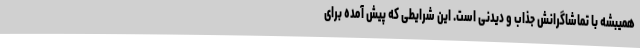
همیبشه با تماشاگرانش جذاب و دیدنی است. این شرایطی که پیش آمده برای